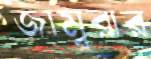
জাম্বুরার